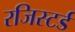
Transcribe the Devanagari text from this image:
रजिस्‍टर्ड